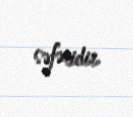
səfəridir.